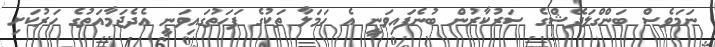
ނަމަވެސް ބަންގްލަދޭޝްގެ ސަރުކާރުން ބުނެފައިވަނީ އެ ހަމަލާ ތަކުގެ ފަހަތުގައިވަނީ އެދެޖަމާއަތުގެ ހަރުކަށި